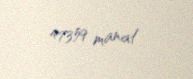
47359 manat